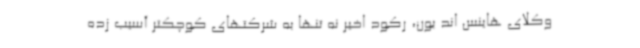
وکلای هاینس اند بون، رکود اخیر نه تنها به شرکتهای کوچکتر آسیب زده